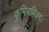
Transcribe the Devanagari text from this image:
कुमित्रमित्रम्।